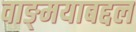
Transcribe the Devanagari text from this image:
वाङ्‌मयाबद्दल